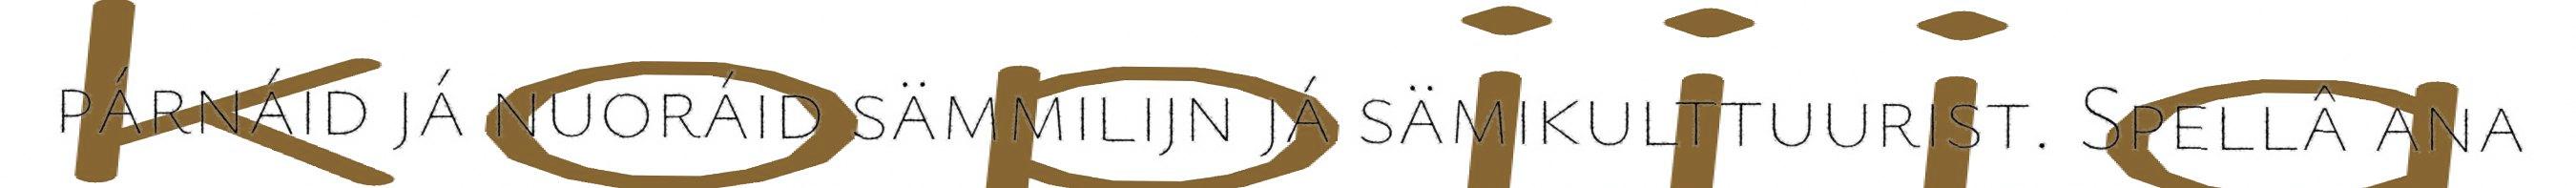
párnáid já nuoráid sämmilijn já sämikulttuurist. Spellâ ana